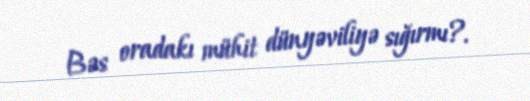
Bəs oradakı mühit dünyəviliyə sığırmı?.